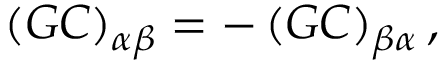
\left( G C \right) _ { \alpha \beta } = - \left( G C \right) _ { \beta \alpha } ,